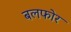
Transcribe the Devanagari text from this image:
बलफोर